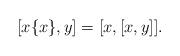
LaTeX: \begin{align*}[x\{x\},y]=[x,[x,y]].\end{align*}